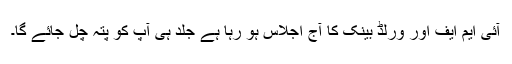
آئی ایم ایف اور ورلڈ بینک کا آج اجلاس ہو رہا ہے جلد ہی آپ کو پتہ چل جائے گا۔